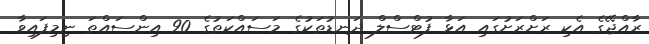
ރާއްޖޭގެ އެކި ރަށްރަށުގައި އަޅާ ފުޓްސްލް ދަނޑުތަކުގެ މަސައްކަތުގެ 90 އިންސައްތަ ނިމިފައިވާ